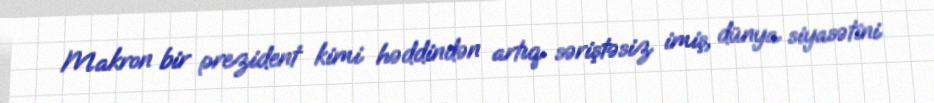
Makron bir prezident kimi həddindən artıq səriştəsiz imiş, dünya siyasətini